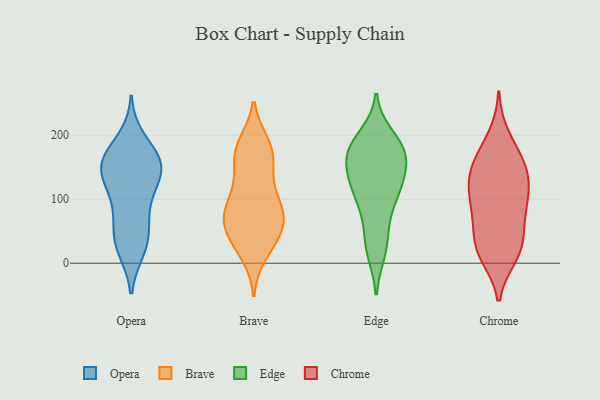
{"axis": {"x": "Waste Production (Tons)", "y": "Value"}, "legend": ["Brave", "Chrome", "Edge", "Opera"], "data": [{"x": "", "y": 60, "type": "Opera"}, {"x": "", "y": 160, "type": "Opera"}, {"x": "", "y": 29, "type": "Opera"}, {"x": "", "y": 164, "type": "Opera"}, {"x": "", "y": 194, "type": "Opera"}, {"x": "", "y": 114, "type": "Opera"}, {"x": "", "y": 156, "type": "Opera"}, {"x": "", "y": 26, "type": "Opera"}, {"x": "", "y": 80, "type": "Opera"}, {"x": "", "y": 21, "type": "Opera"}, {"x": "", "y": 55, "type": "Opera"}, {"x": "", "y": 150, "type": "Opera"}, {"x": "", "y": 147, "type": "Opera"}, {"x": "", "y": 113, "type": "Opera"}, {"x": "", "y": 147, "type": "Opera"}, {"x": "", "y": 172, "type": "Opera"}, {"x": "", "y": 128, "type": "Opera"}, {"x": "", "y": 141, "type": "Brave"}, {"x": "", "y": 72, "type": "Brave"}, {"x": "", "y": 14, "type": "Brave"}, {"x": "", "y": 109, "type": "Brave"}, {"x": "", "y": 88, "type": "Brave"}, {"x": "", "y": 68, "type": "Brave"}, {"x": "", "y": 57, "type": "Brave"}, {"x": "", "y": 179, "type": "Brave"}, {"x": "", "y": 135, "type": "Brave"}, {"x": "", "y": 67, "type": "Brave"}, {"x": "", "y": 165, "type": "Brave"}, {"x": "", "y": 186, "type": "Brave"}, {"x": "", "y": 37, "type": "Brave"}, {"x": "", "y": 179, "type": "Brave"}, {"x": "", "y": 38, "type": "Brave"}, {"x": "", "y": 26, "type": "Brave"}, {"x": "", "y": 97, "type": "Brave"}, {"x": "", "y": 67, "type": "Brave"}, {"x": "", "y": 178, "type": "Brave"}, {"x": "", "y": 82, "type": "Brave"}, {"x": "", "y": 119, "type": "Edge"}, {"x": "", "y": 180, "type": "Edge"}, {"x": "", "y": 183, "type": "Edge"}, {"x": "", "y": 122, "type": "Edge"}, {"x": "", "y": 24, "type": "Edge"}, {"x": "", "y": 125, "type": "Edge"}, {"x": "", "y": 166, "type": "Edge"}, {"x": "", "y": 162, "type": "Edge"}, {"x": "", "y": 151, "type": "Edge"}, {"x": "", "y": 198, "type": "Edge"}, {"x": "", "y": 36, "type": "Edge"}, {"x": "", "y": 121, "type": "Edge"}, {"x": "", "y": 182, "type": "Edge"}, {"x": "", "y": 18, "type": "Edge"}, {"x": "", "y": 75, "type": "Edge"}, {"x": "", "y": 182, "type": "Edge"}, {"x": "", "y": 163, "type": "Edge"}, {"x": "", "y": 112, "type": "Edge"}, {"x": "", "y": 83, "type": "Edge"}, {"x": "", "y": 130, "type": "Chrome"}, {"x": "", "y": 11, "type": "Chrome"}, {"x": "", "y": 67, "type": "Chrome"}, {"x": "", "y": 17, "type": "Chrome"}, {"x": "", "y": 103, "type": "Chrome"}, {"x": "", "y": 74, "type": "Chrome"}, {"x": "", "y": 18, "type": "Chrome"}, {"x": "", "y": 107, "type": "Chrome"}, {"x": "", "y": 146, "type": "Chrome"}, {"x": "", "y": 113, "type": "Chrome"}, {"x": "", "y": 145, "type": "Chrome"}, {"x": "", "y": 58, "type": "Chrome"}, {"x": "", "y": 165, "type": "Chrome"}, {"x": "", "y": 20, "type": "Chrome"}, {"x": "", "y": 174, "type": "Chrome"}, {"x": "", "y": 99, "type": "Chrome"}, {"x": "", "y": 146, "type": "Chrome"}, {"x": "", "y": 199, "type": "Chrome"}, {"x": "", "y": 35, "type": "Chrome"}]}